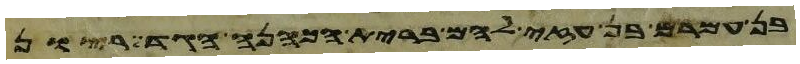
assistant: את החמרים לצבעון אביו ואלה בני ענה דישון